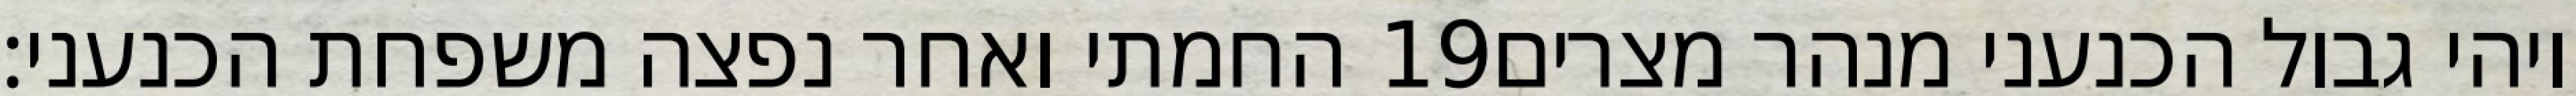
החמתי ואחר נפצה משפחת הכנעני׃ ‎19‏ ויהי גבול הכנעני מנהר מצרים